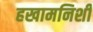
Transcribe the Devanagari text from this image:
हखामनिशी